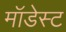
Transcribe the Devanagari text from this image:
मॉडेस्ट